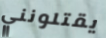
يقتلونني